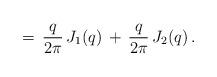
LaTeX: \begin{align*}=\,\frac{q}{2\pi}\,J_1(q)\,+\,\frac{q}{2\pi}\,J_2(q)\,{.}\end{align*}